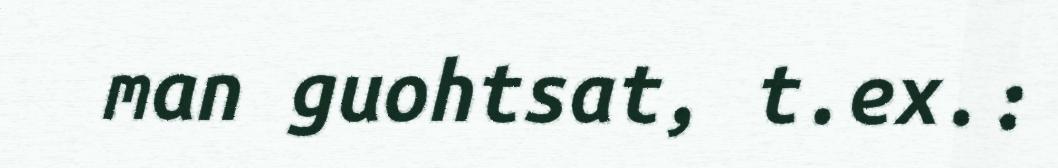
man guohtsat, t.ex.: